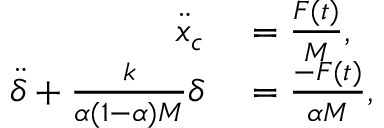
\begin{array} { r l } { \ddot { x } _ { c } } & { { } = \frac { F ( t ) } { M } , } \\ { \ddot { \delta } + \frac { k } { \alpha ( 1 - \alpha ) M } \delta } & { { } = \frac { - F ( t ) } { \alpha M } , } \end{array}